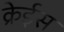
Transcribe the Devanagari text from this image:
क्रेईस